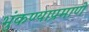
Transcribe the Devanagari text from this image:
भुंकण्याप्रमाणे